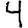
Digit: 4